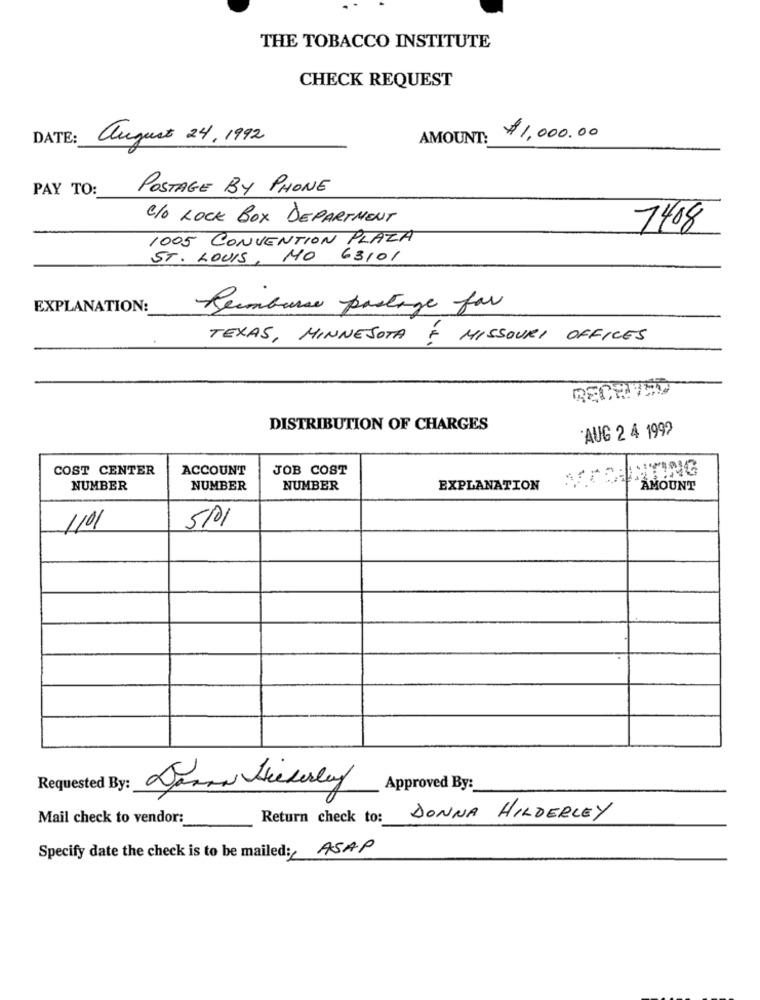
THE TOBACCO INSTITUTE
CHECK REQUEST
DATE:
august 24, 1992
AMOUNT:
$1,000.00
PAY TO:
POSTAGE BY PHONE
C/O LOCK BOX DEPARTMENT
7408
1005 CONVENTION PLAZA
ST. LOUIS, MO 63101
EXPLANATION:
Reimburse partage for
TEXAS, MINNESOTA É MISSOURI OFFICES
RECEIVED
DISTRIBUTION OF CHARGES
AUG 2 4 1992
COST CENTER
ACCOUNT
JOB COST
FICAINTING
NUMBER
NUMBER
NUMBER
EXPLANATION
AMOUNT
1101
5/1
Requested By:
Approved By:
Mail check to vendor:
Return check to:
DONNA HILDERLEY
Specify date the check is to be mailed: ASAP